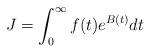
LaTeX: \begin{align*} J= \int_0^{ \infty} f(t) e^{B(t)}dt \;\;\; \end{align*}